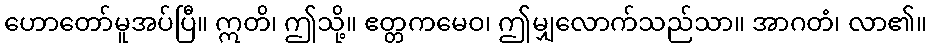
ဟောတော်မူအပ်ပြီ။ ဣတိ၊ ဤသို့။ ဧတ္တကမေဝ၊ ဤမျှလောက်သည်သာ။ အာဂတံ၊ လာ၏။